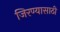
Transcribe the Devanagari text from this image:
जिरण्यासाठी